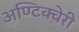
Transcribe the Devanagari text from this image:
अण्टिक्वेरी